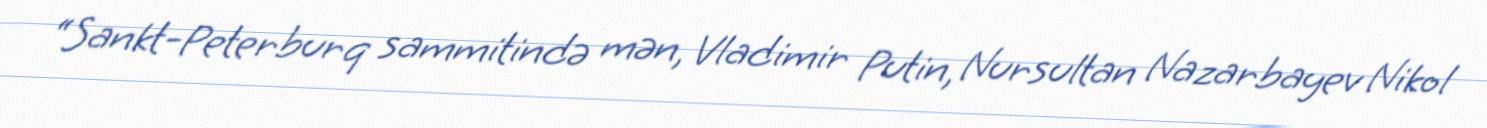
“Sankt-Peterburq sammitində mən, Vladimir Putin, Nursultan Nazarbayev Nikol